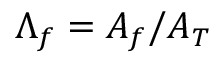
\Lambda _ { f } = A _ { f } / A _ { T }